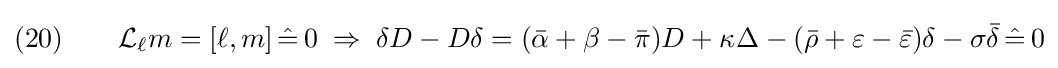
(20)\qquad {\mathcal {L}}_{\ell }m=[\ell ,m]\,{\hat {=}}\,0\;\Rightarrow \;\delta D-D\delta =({\bar {\alpha }}+\beta -{\bar {\pi }})D+\kappa _{}\Delta -({\bar {\rho }}+\varepsilon -{\bar {\varepsilon }})\delta -\sigma {\bar {\delta }}\,{\hat {=}}\,0